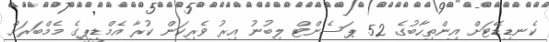
ކެނޑިޑޭޓަށް އިންތިހާބުގެ 52 ޕަސެންޓް ލިބުނު އިރު ވެރިކަން ކުރާ އެމްޑީޕީގެ މެމްބަރަށް